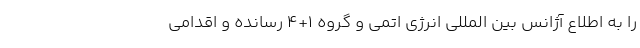
را به اطلاع آژانس بین المللی انرژی اتمی و گروه ۱+۴ رسانده و اقدامی